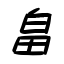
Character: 畠